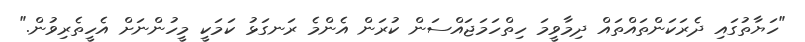
"ހަޔާތުގައި ދެރަކަންތައްތައް ދިމާވީމަ ހިތްހަމަޖައްސަން ކުރަން އެންމެ ރަނގަޅު ކަމަކީ މީހުންނަށް އެހީތެރިވުން."